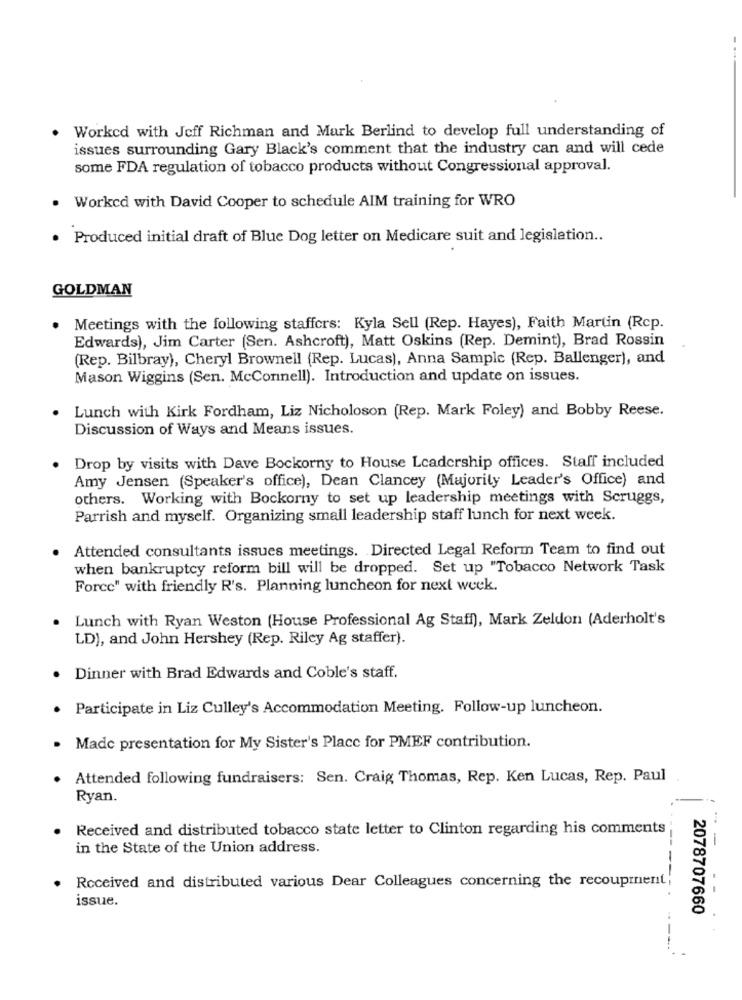
Worked with Jeff Richman and Mark Berlind to develop full understanding of
issues surrounding Gary Black's comment that the industry can and will cede
some FDA regulation of tobacco products without Congressional approval.
Worked with David Cooper to schedule AIM training for WRO
Produced initial draft of Blue Dog letter on Medicare suit and legislation ..
GOLDMAN
Meetings with the following staffers: Kyla Sell (Rep. Hayes), Faith Martin (Rcp.
Edwards), Jim Carter (Sen. Ashcroft), Matt Oskins (Rep. Demint), Brad Rossin
(Rep. Bilbray), Cheryl Brownell (Rep. Lucas), Anna Sample (Rep. Ballenger), and
Mason Wiggins (Sen. McConnell). Introduction and update on issues.
Lunch with Kirk Fordham, Liz Nicholoson (Rep. Mark Foley) and Bobby Reese.
Discussion of Ways and Means issues.
Drop by visits with Dave Bockorny to House Leadership offices. Staff included
Amy Jensen (Speaker's office), Dean Clancey (Majority Leader's Office) and
others. Working with Bockorny to set up leadership meetings with Scruggs,
Parrish and myself. Organizing small leadership staff lunch for next week.
Attended consultants issues meetings. Directed Legal Reform Team to find out
when bankruptcy reform bill will be dropped. Set up "Tobacco Network Task
Force" with friendly R's. Planning luncheon for next week.
Lunch with Ryan Weston (House Professional Ag Staff), Mark Zeldon (Aderholt's
LD), and John Hershey (Rep. Riley Ag staffer).
Dinner with Brad Edwards and Coble's staff.
Participate in Liz Culley's Accommodation Meeting. Follow-up luncheon.
Made presentation for My Sister's Place for PMEF contribution.
Attended following fundraisers: Sen. Craig Thomas, Rep. Ken Lucas, Rep. Paul
Ryan.
Received and distributed tobacco state letter to Clinton regarding his comments
in the State of the Union address.
- -
Received and distributed various Dear Colleagues concerning the recoupment;
issue.
2078707660